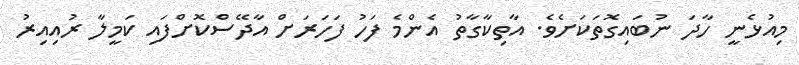
މިއުޅެނީ ހާދަ ނުބައިގޮތަކަށެވެ. އާތިކާގާތު އެންމެ ފަހު ފަހަރަށް އާދޭސްކޮށްފައި ކަމީލާ ރުއިއިރު